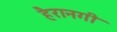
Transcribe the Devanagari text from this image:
हैरानगी